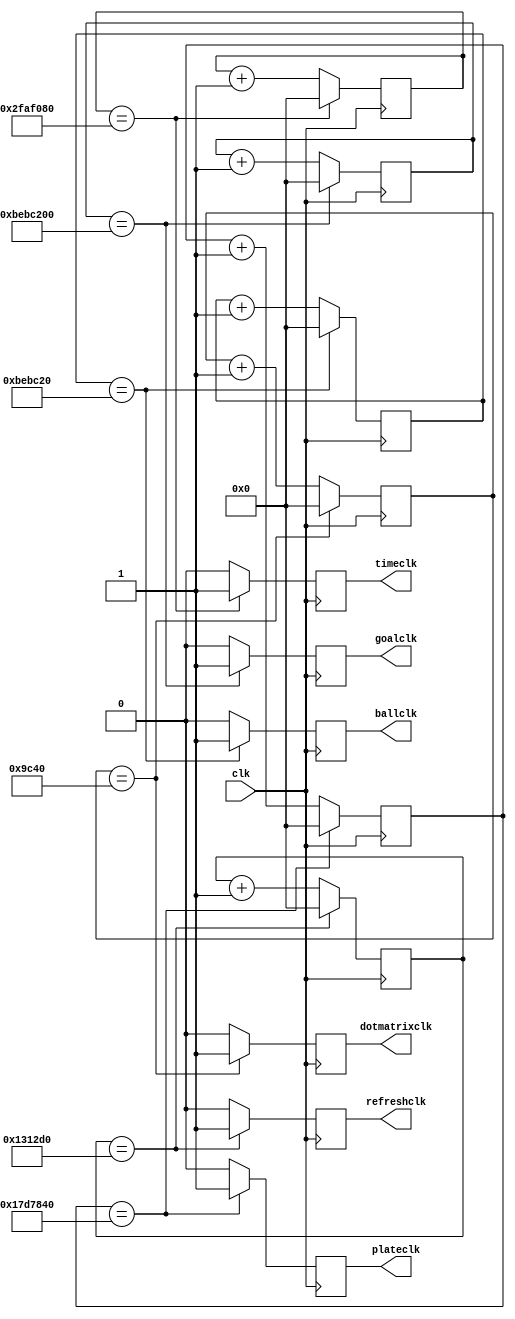
`define OneSecond 32'd50000000
`define Balltime 32'd12500000//0.25 second
`define Refreshtime 32'd1250000//0.25 second
`define Platetime 32'd25000000//0.5 second
`define Dotmatrixtime 32'd40000//1/500 second
`define twosecond 32'd200000000
module clock(clk, ballclk, plateclk, timeclk, refreshclk, dotmatrixclk,goalclk);
input clk;
output ballclk, plateclk, timeclk, refreshclk, dotmatrixclk,goalclk;
reg ballclk, plateclk, timeclk, refreshclk, dotmatrixclk,goalclk;
reg [31:0]count1, count2, count3, count4, count5,count6;
/**********for game time count down***********/
always@(posedge clk)
begin
   if(count1 == `OneSecond)
   begin
      count1 <= 32'd0;
      timeclk <= 1;
   end
   else
   begin
      count1 <= count1 + 32'd1;
		timeclk <= 0;
	end
	
	if(count2 == `Balltime)
   begin
      count2 <= 32'd0;
      ballclk <= 1;
   end
   else
   begin
      count2 <= count2 + 32'd1;
		ballclk <= 0;
	end
	
	if(count3 == `Platetime)
   begin
      count3 <= 32'd0;
      plateclk <= 1;
   end
   else
   begin
      count3 <= count3 + 32'd1;
		plateclk <= 0;
	end
	
	if(count4 == `Refreshtime)
   begin
      count4 <= 32'd0;
      refreshclk <= 1;
   end
   else
   begin
      count4 <= count4 + 32'd1;
		refreshclk <= 0;
	end
	
	if(count5 == `Dotmatrixtime)
   begin
      count5 <= 32'd0;
      dotmatrixclk <= 1;
   end
   else
   begin
      count5 <= count5 + 32'd1;
		dotmatrixclk <= 0;
	end
	
	if(count6 == `twosecond)
   begin
      count6 <= 32'd0;
      goalclk <= 1;
   end
   else
   begin
      count6 <= count6 + 32'd1;
		goalclk <= 0;
	end
end

endmodule